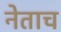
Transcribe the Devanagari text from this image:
नेताच